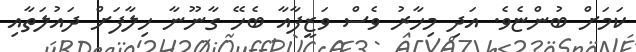
ކަމަށް ބުންޏެވެ. އަދި މިހާރު ވެސް ވަޒީފާއާ ބެހޭ ގާނޫނާ ހިލާފަށް ދައުލަތާއި